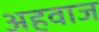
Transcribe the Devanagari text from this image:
अहवाज